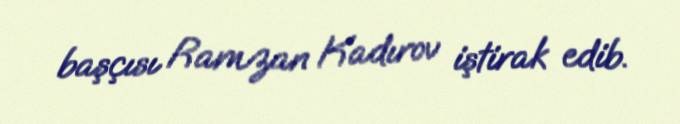
başçısı Ramzan Kadırov iştirak edib.